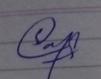
Signature authenticity: genuine